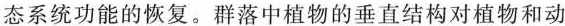
态系统功能的恢复。群落中植物的垂直结构对植物和动